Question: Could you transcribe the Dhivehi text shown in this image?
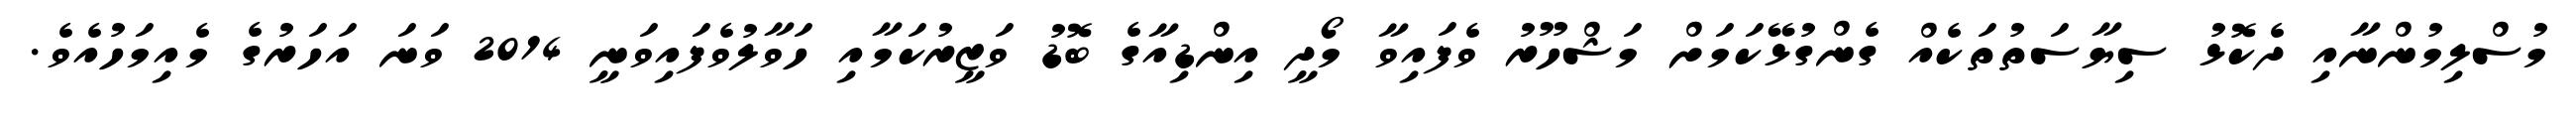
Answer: މުސްލިމުންނާއި ދެކޮޅު ސިޔާސަތުތަކެއް ގެންގުޅޭކަމަށް މަޝްހޫރު ވެފައިވާ މޯދީ އިންޑިއާގެ ބޮޑު ވަޒީރުކަމާއި ހަވާލުވެފައިވަނީ 2014 ވަނަ އަހަރުގެ މެއިމަހުއެވެ.